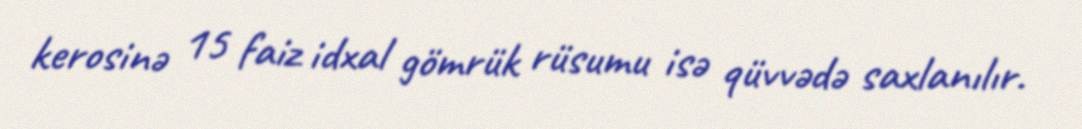
kerosinə 15 faiz idxal gömrük rüsumu isə qüvvədə saxlanılır.